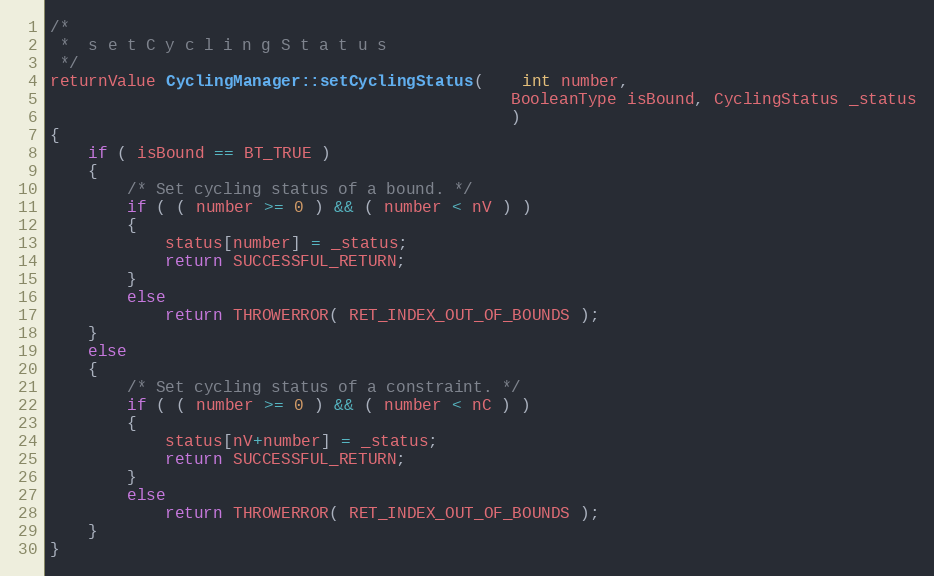
Language: C++
/*
 *	s e t C y c l i n g S t a t u s
 */
returnValue CyclingManager::setCyclingStatus(	int number,
												BooleanType isBound, CyclingStatus _status
												)
{
	if ( isBound == BT_TRUE )
	{
		/* Set cycling status of a bound. */
		if ( ( number >= 0 ) && ( number < nV ) )
		{
			status[number] = _status;
			return SUCCESSFUL_RETURN;
		}
		else
			return THROWERROR( RET_INDEX_OUT_OF_BOUNDS );
	}
	else
	{
		/* Set cycling status of a constraint. */
		if ( ( number >= 0 ) && ( number < nC ) )
		{
			status[nV+number] = _status;
			return SUCCESSFUL_RETURN;
		}
		else
			return THROWERROR( RET_INDEX_OUT_OF_BOUNDS );
	}
}